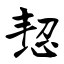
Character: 恝